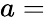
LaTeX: a=